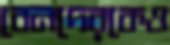
বেনদেরকেও